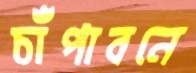
চাঁপাবনে